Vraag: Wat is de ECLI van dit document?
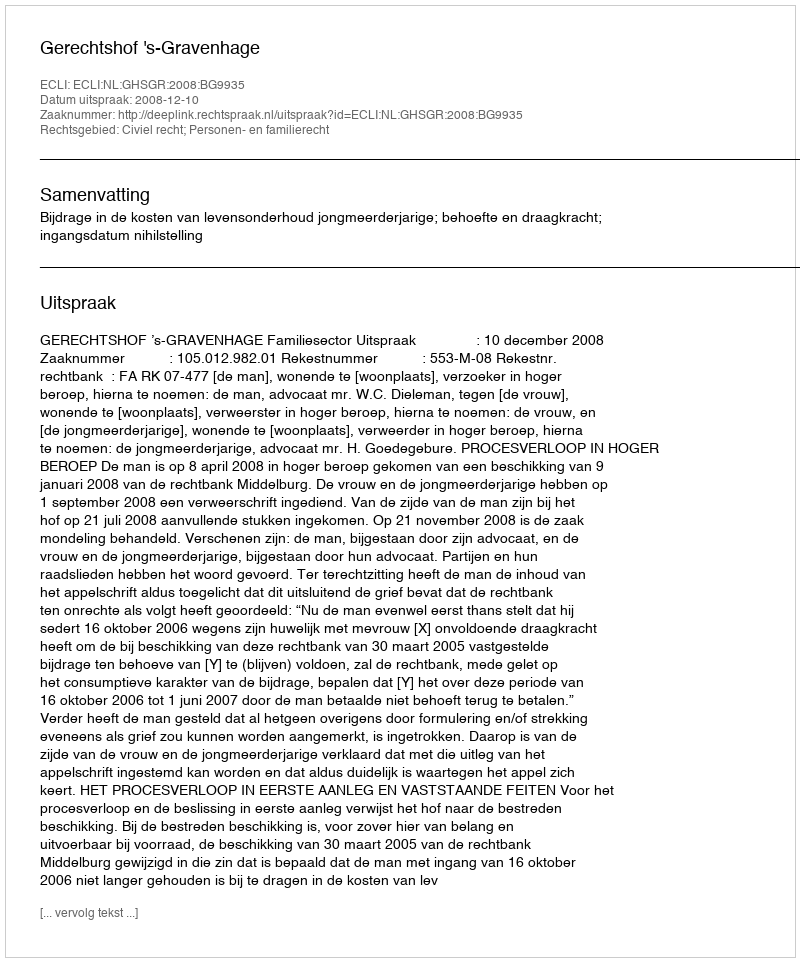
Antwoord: ECLI:NL:GHSGR:2008:BG9935